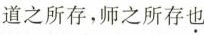
道之所存，师之所存也